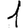
Digit: 1